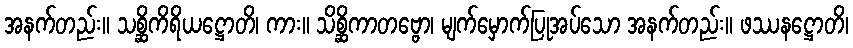
အနက်တည်း။ သစ္ဆိကိရိယဋ္ဌောတိ၊ ကား။ သိစ္ဆိကာတဗ္ဗော၊ မျက်မှောက်ပြုအပ်သော အနက်တည်း။ ဖဿနဋ္ဌောတိ၊